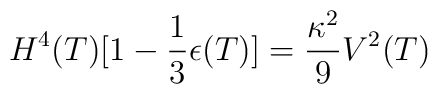
H^4(T)[1-\frac{1}{3}\epsilon (T)]=\frac{\kappa^2}{9}V^2(T)